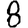
Digit: 8